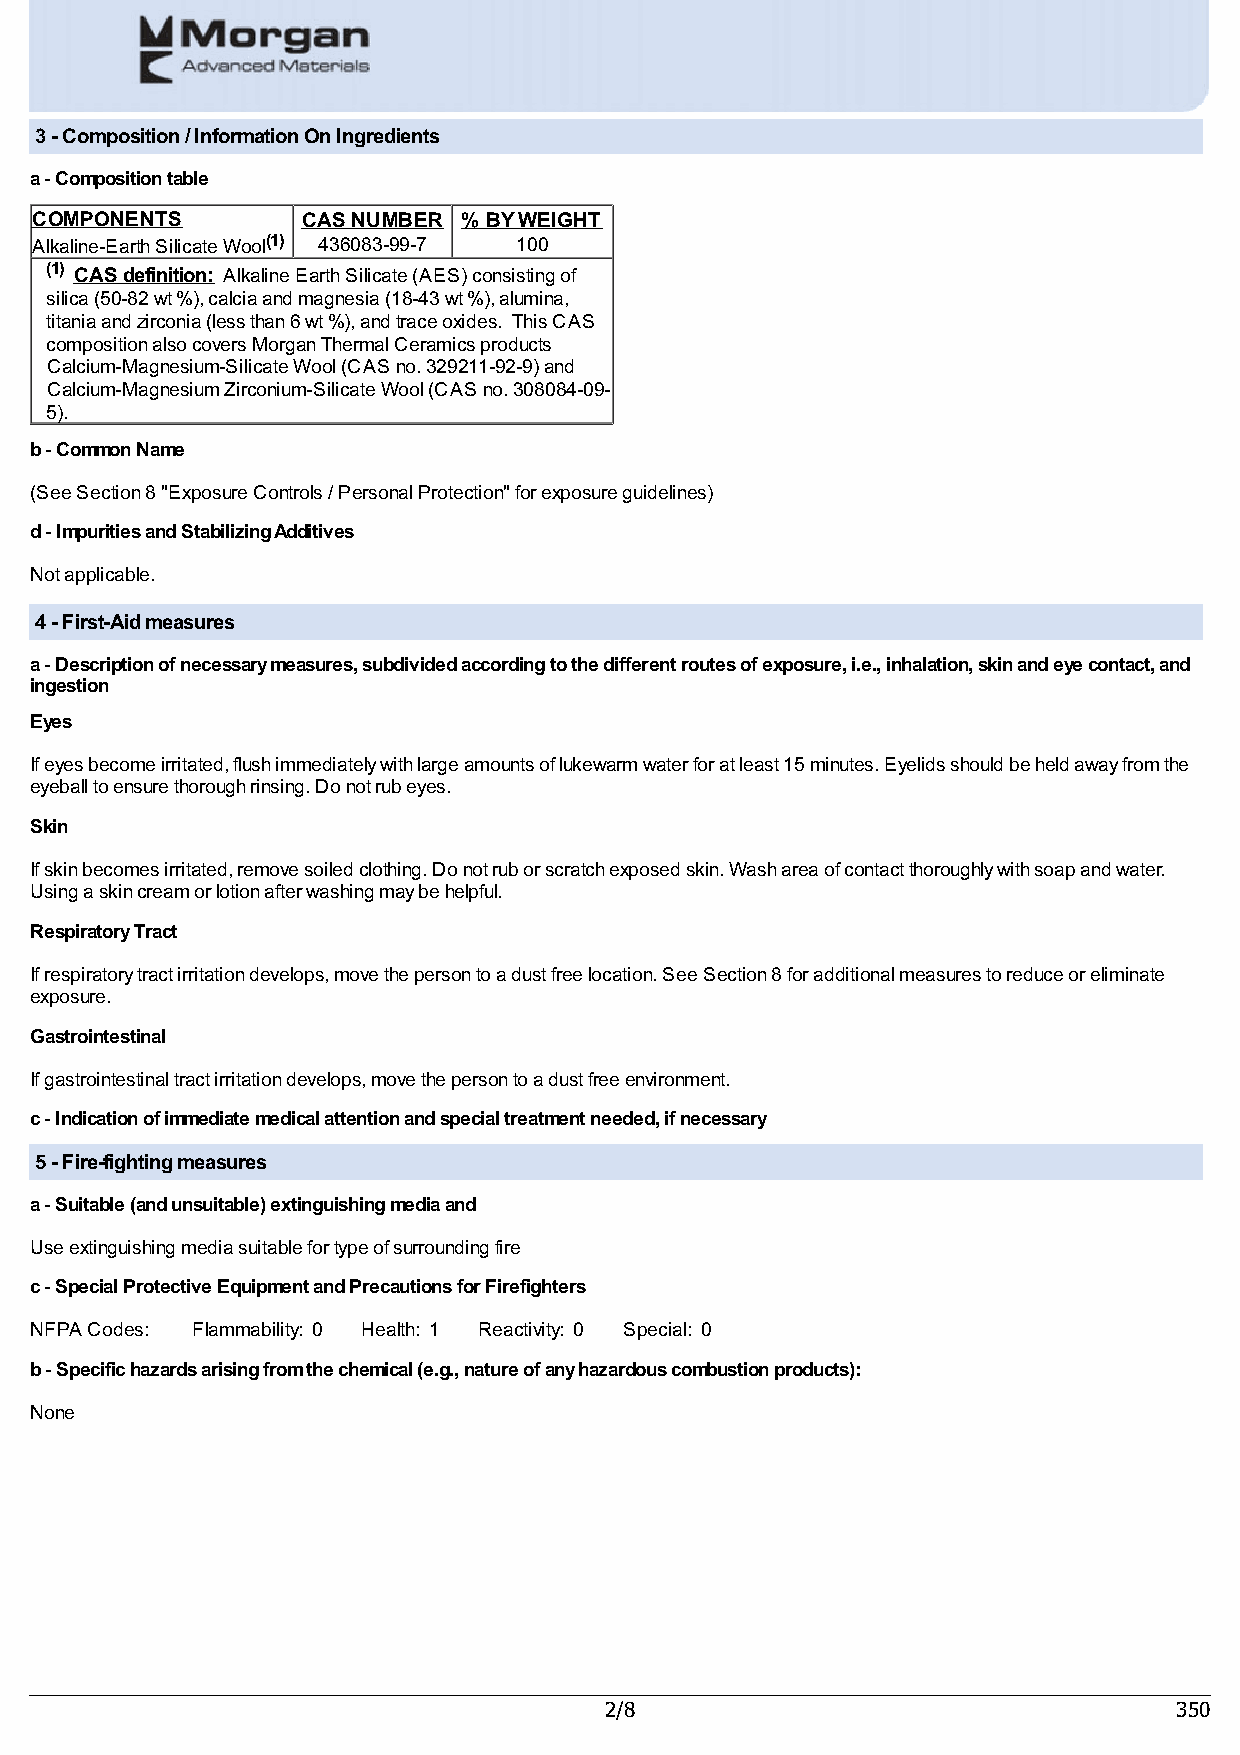
3 - Composition / Information On Ingredients
 a - Composition table
 COMPONENTS        CAS NUMBER % BY WEIGHT
 Alkaline-Earth Silicate Wool(1) 436083-99-7 100
 (1) CAS definition: Alkaline Earth Silicate (AES) consisting of
 silica (50-82 wt %), calcia and magnesia (18-43 wt %), alumina,
 titania and zirconia (less than 6 wt %), and trace oxides. This CAS
 composition also covers Morgan Thermal Ceramics products
 Calcium-Magnesium-Silicate Wool (CAS no. 329211-92-9) and
 Calcium-Magnesium Zirconium-Silicate Wool (CAS no. 308084-09-
 5).
 b - Common Name
 (See Section 8 "Exposure Controls / Personal Protection" for exposure guidelines)
 d - Impurities and Stabilizing Additives
 Not applicable.
 4 - First-Aid measures
 a - Description of necessary measures, subdivided according to the different routes of exposure, i.e., inhalation, skin and eye contact, and
 ingestion
 Eyes
 If eyes become irritated, flush immediately with large amounts of lukewarm water for at least 15 minutes. Eyelids should be held away from the
 eyeball to ensure thorough rinsing. Do not rub eyes.
 Skin
 If skin becomes irritated, remove soiled clothing. Do not rub or scratch exposed skin. Wash area of contact thoroughly with soap and water.
 Using a skin cream or lotion after washing may be helpful.
 Respiratory Tract
 If respiratory tract irritation develops, move the person to a dust free location. See Section 8 for additional measures to reduce or eliminate
 exposure.
 Gastrointestinal
 If gastrointestinal tract irritation develops, move the person to a dust free environment.
 c - Indication of immediate medical attention and special treatment needed, if necessary
 5 - Fire-fighting measures
 a - Suitable (and unsuitable) extinguishing media and
 Use extinguishing media suitable for type of surrounding fire
 c - Special Protective Equipment and Precautions for Firefighters
 NFPA Codes: Flammability: 0 Health: 1 Reactivity: 0 Special: 0
 b - Specific hazards arising from the chemical (e.g., nature of any hazardous combustion products):
 None
 2/8                                   350